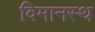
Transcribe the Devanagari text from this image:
विमानस्थ